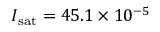
I _ { \mathrm { s a t } } = 4 5 . 1 \times 1 0 ^ { - 5 }